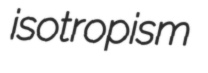
isotropism